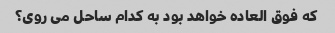
که فوق العاده خواهد بود به کدام ساحل می روی؟